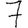
Digit: 7